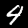
Digit: 4